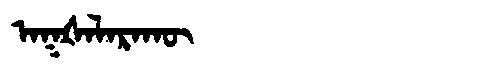
Manchu: ᠠᡴᡧᠠᠯᠠᡵᠠᡴᡡ
Romanization: AKŠALARAKŪ